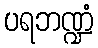
ပရဘဏ္ဍံ